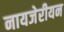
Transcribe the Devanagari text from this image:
नायजेरीयन